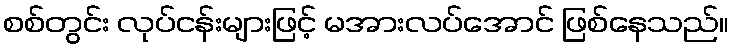
စစ်တွင်း လုပ်ငန်းများဖြင့် မအားလပ်အောင် ဖြစ်နေသည်။